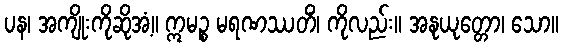
ပန၊ အကျိုးကိုဆိုအံ့။ ဣမဉ္စ မရဏဿတိံ၊ ကိုလည်း။ အနုယုတ္တော၊ သော။